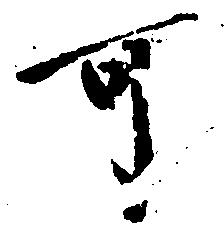
可